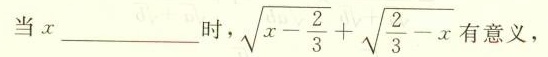
当 x ___ 时，$$\sqrt { x - \frac { 2 } { 3 } } + \sqrt { \frac { 2 } { 3 } - x }$$ 有意义，